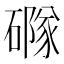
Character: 𥖐